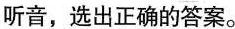
听音，选出正确的答案。